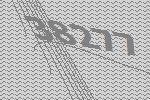
38277